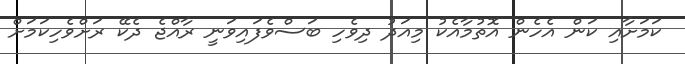
ކަމަށާއި ކަން އެހެން އޮތުމާއެކު މިއަދު ދިވެހި ބަސްވެފައިވަނީ ރާއްޖެ ދެކޭ ރަށްވެހިކަމަށް